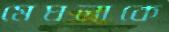
মেঘলাকে